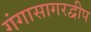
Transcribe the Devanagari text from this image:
गंगासागरद्वीप